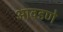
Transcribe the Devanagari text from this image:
आवडणे